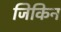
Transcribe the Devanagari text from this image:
जिकिन